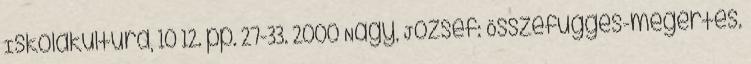
Iskolakultúra, 10 12. pp. 27-33. 2000 Nagy, József: Összefüggés-megértés.